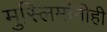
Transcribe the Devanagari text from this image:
मुस्लिमांनीही